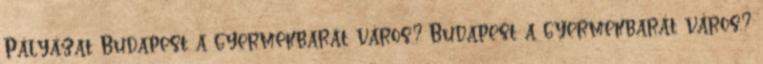
Pályázat Budapest a gyermekbarát város.? Budapest a gyermekbarát város.?